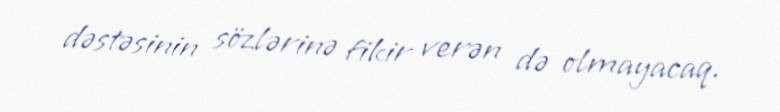
dəstəsinin sözlərinə fikir verən də olmayacaq.